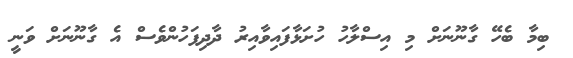
ބިމާ ބެހޭ ގާނޫނަށް މި އިސްލާހު ހުށަޅާފައިވާއިރު ދާދިފަހުންވެސް އެ ގާނޫނަށް ވަނީ